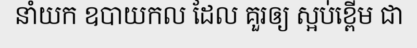
នាំយក ឧបាយកល ដែល គួរឲ្យ ស្អប់ខ្ពើម ជា